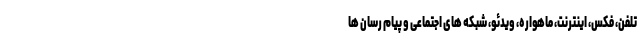
تلفن، فکس، اینترنت، ماهواره، ویدئو، شبکه های اجتماعی و پیام رسان ها